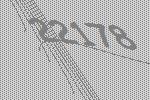
22178